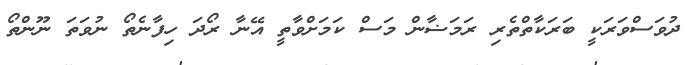
ދުވަސްވަރަކީ ބަރަކާތްތެރި ރަމަޟާން މަސް ކަމަށްވާތީ އޭނާ ރޯދަ ހިފާނެތޯ ނުވަތަ ނޫންތޯ